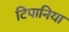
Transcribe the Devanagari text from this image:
टिपानिया